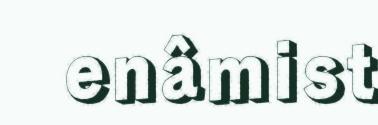
enâmist